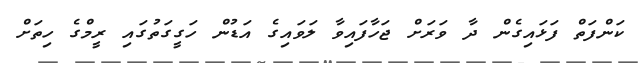
ކަންފަތް ފަޅައިގެން ދާ ވަރަށް ޖަހާފައިވާ ލަވައިގެ އަޑުން ހަގީގަތުގައި ރީމްގެ ހިތަށް